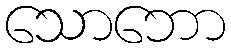
သောဘော